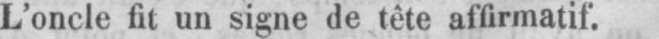
L’oncle fit un signe de tête affirmatif.